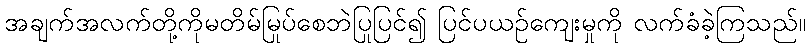
အချက်အလက်တို့ကိုမတိမ်မြုပ်စေဘဲပြုပြင်၍ ပြင်ပယဉ်ကျေးမှုကို လက်ခံခဲ့ကြသည်။